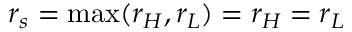
r _ { s } = \mathrm { m a x } ( r _ { H } , r _ { L } ) = r _ { H } = r _ { L }